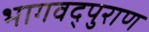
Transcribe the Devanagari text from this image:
भागवद्पुराण